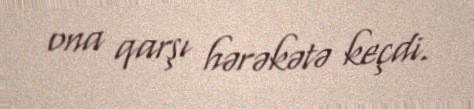
ona qarşı hərəkətə keçdi.